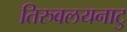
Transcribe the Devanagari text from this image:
तिरुवलयनाटु